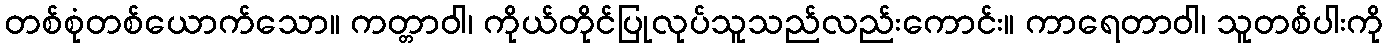
တစ်စုံတစ်ယောက်သော။ ကတ္တာဝါ၊ ကိုယ်တိုင်ပြုလုပ်သူသည်လည်းကောင်း။ ကာရေတာဝါ၊ သူတစ်ပါးကို